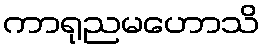
ကာရုညမဟောသိ